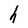
Character: h